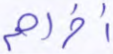
أخراهم